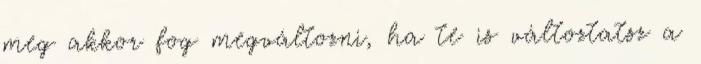
meg akkor fog megváltozni, ha te is változtatsz a